Leaving Certificate Examination, 1913
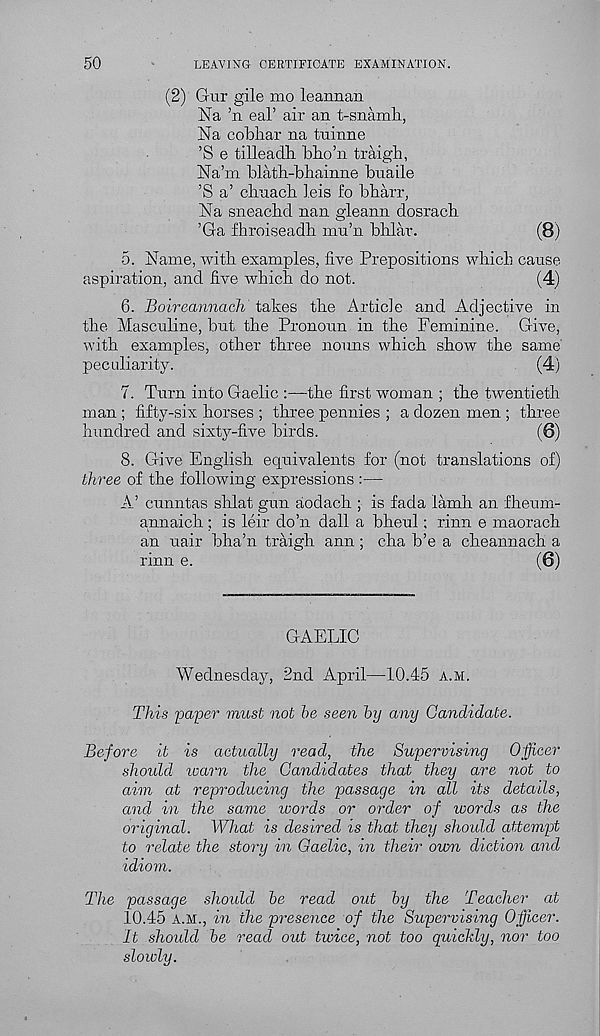
50
LEAVING CERTIFICATE EXAMINATION.
(2) Grir gile mo leannan
iSTa ’n eal’ air an t-snamh.,
Na cobhar na tninne
’S e tilleadli bho’n traigh,
Na’m blath-bhainne buaile
’S a’ cbnach leis fo bbarr,
Na sneachd nan gleann dosrach
’Ga fhroiseadh mn’n bhlar.
(8)
5. Name, with examples, five Prepositions wbicli cause
aspiration, and five wbicli do not.
(4)
6. Boireannach takes tbe Article and Adjective in
tbe Masculine, but the Pronoun in the Feminine. Give,
with examples, other three nouns which show the same
peculiarity.
(4)
7. Turn into Gaelic :—the first woman ; the twentieth
man ; fifty-six horses ; three pennies ; a dozen men ; three
hundred and sixty-five birds.
(6)
8. Give English equivalents for (not translations of)
three of the following expressions :—
A’ cunntas shlat gun aodach ; is fada iamh an fheum-
annaich; is leir do’n dall a bheul; rinn e maorach
an uair bha’n traigh ann ; cha b’e a cheannach a
rinn e.
(6)
GAELIC
Wednesday, 2nd April—10.45 a.m.
This paper must not be seen by any Candidate.
Before it is actually read, the Supervising Officer
should warn the Candidates that they are not to
aim at reproducing the passage in all its details,
and in the same words or order of words as the
original. What is desired is that they should attempt
to relate the story in Caelic, in their own diction and
idiom.
The passage should be read out by the Teacher at
10.45 a.m., in the presence of the Supervising Officer.
It should be read out twice, not too quickly, nor too
slowly.